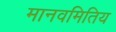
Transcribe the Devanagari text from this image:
मानवमितिय